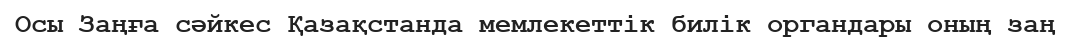
Осы Заңға сәйкес Қазақстанда мемлекеттік билік органдары оның заң